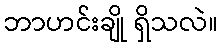
ဘာဟင်းချို ရှိသလဲ။